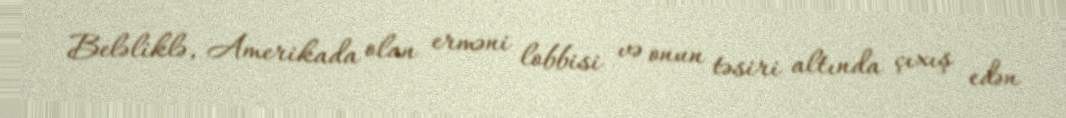
Beləliklə, Amerikada olan erməni lobbisi və onun təsiri altında çıxış edən